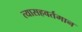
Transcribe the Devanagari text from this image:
त्यासहवर्तमान